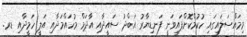
މިމައްސަލައިގައި ހުކުމްކޮށްފައިވަނީ ފަނޑިޔާރު އަބްދު ސައީދާއި އާދަމް މުހައްމަދާއި އަލީ ހަމީދާއި ޑރ.